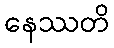
နေဿတိ